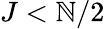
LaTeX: J<\mathbb{N}/2